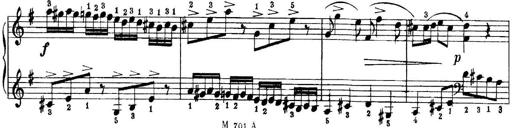
Title: Quatres sonatines
Composer: Tadeusz Joteyko